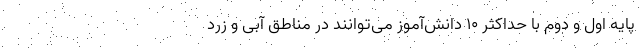
پایه اول و دوم با حداکثر ۱۰ دانش‌آموز می‌توانند در مناطق آبی و زرد